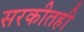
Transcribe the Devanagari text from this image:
सरकीतही